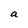
Character: a